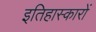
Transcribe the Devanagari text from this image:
इतिहास्कारों